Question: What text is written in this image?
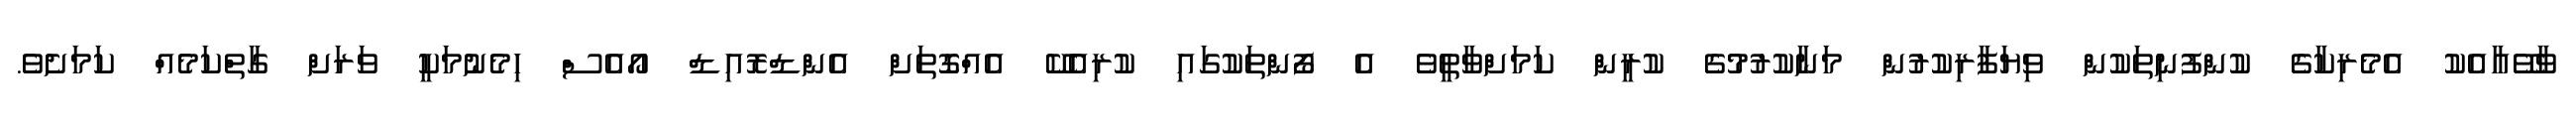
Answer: ވާވޭއާއެކު އެމެރިކާގެ ކުންފުނިތަކުން ވިޔަފާރިކުރުން މަނާކުރުމުގެ ކުރީން ކަމަށްވާތީވެ އެ ފޯންތަކުގައި ކުރިއެކޭ އެއްގޮތަށް އެންޑްރޮއިޑް އޯއެސް ހިމެނުމަކީ ވަރަށް ގާތްކަމެއް ކަމަށެވެ.